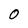
Character: 0